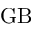
\mathrm { G B }